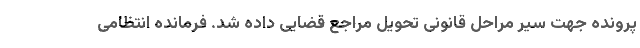
پرونده جهت سیر مراحل قانونی تحویل مراجع قضایی داده شد. فرمانده انتظامی